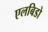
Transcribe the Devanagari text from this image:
एलबिडो